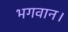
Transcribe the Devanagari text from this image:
भगवान।